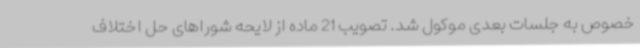
خصوص به جلسات بعدی موکول شد. تصویب 21 ماده از لایحه شوراهای حل اختلاف